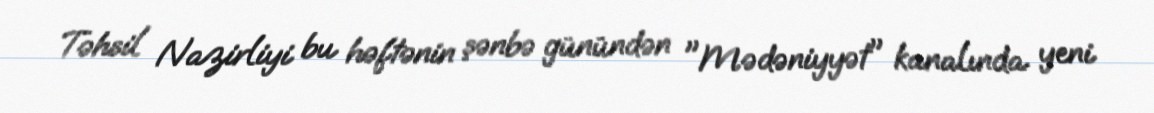
Təhsil Nazirliyi bu həftənin şənbə günündən "Mədəniyyət" kanalında yeni